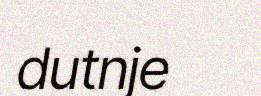
dutnje